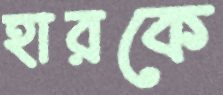
হারকে